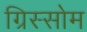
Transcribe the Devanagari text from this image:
ग्रिस्सोम